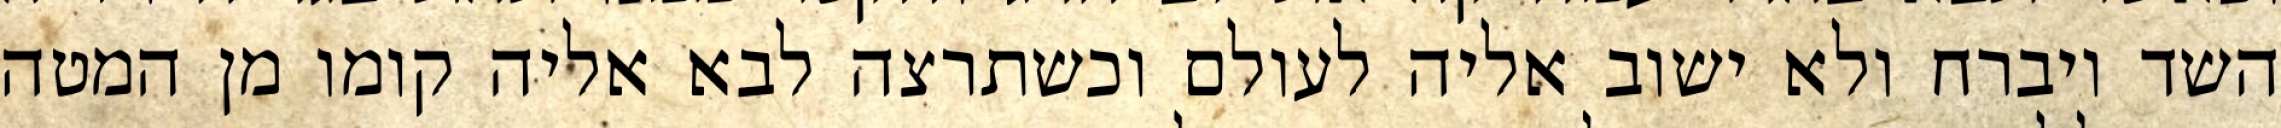
השד ויברח ולא ישוב אליה לעולם וכשתרצה לבא אליה קומו מן המטה